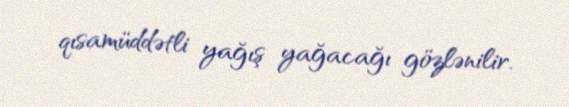
qısamüddətli yağış yağacağı gözlənilir.